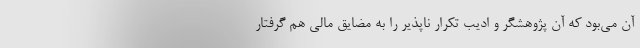
آن می‌بود که آن پژوهشگر و ادیب تکرار ناپذیر را به مضایق مالی هم گرفتار